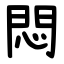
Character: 悶